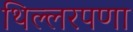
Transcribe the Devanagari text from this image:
थिल्लरपणा